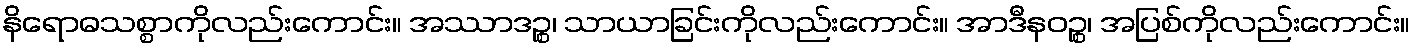
နိရောဓသစ္စာကိုလည်းကောင်း။ အဿာဒဉ္စ၊ သာယာခြင်းကိုလည်းကောင်း။ အာဒီနဝဉ္စ၊ အပြစ်ကိုလည်းကောင်း။